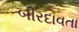
બીરદાવતા